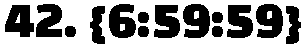
42. {6:59:59}